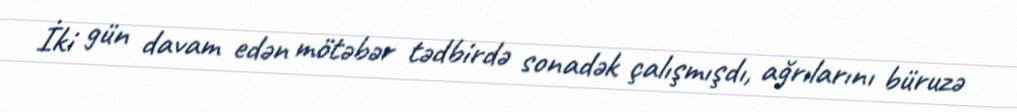
İki gün davam edən mötəbər tədbirdə sonadək çalışmışdı, ağrılarını büruzə